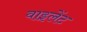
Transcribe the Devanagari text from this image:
वाइलेंट